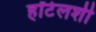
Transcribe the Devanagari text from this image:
हॉटेलशी